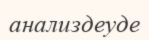
анализдеуде